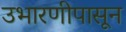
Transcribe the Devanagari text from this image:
उभारणीपासून